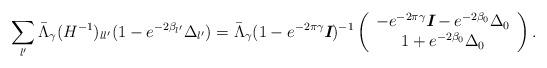
LaTeX: \begin{align*} \sum _{l'}\bar{\Lambda }_\gamma(H^{-1})_{ll'}(1-e^{-2\beta _{l'}}\Delta _{l'}) = \bar{\Lambda }_\gamma(1-e^{-2\pi\gamma}\textit{\textbf{I}})^{-1}\left( \begin{array}{c} -e^{-2\pi\gamma}\textit{\textbf{I}}- e^{-2\beta _0}\Delta _0 \\ 1 + e^{-2\beta _0}\Delta _0 \\ \end{array}\right).\end{align*}